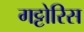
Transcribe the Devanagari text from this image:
गट्टोरिस